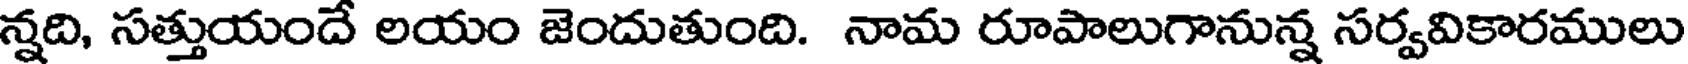
న్నది, సత్తుయందే లయం జెందుతుంది. నామ రూపాలుగానున్న సర్వవికారములు